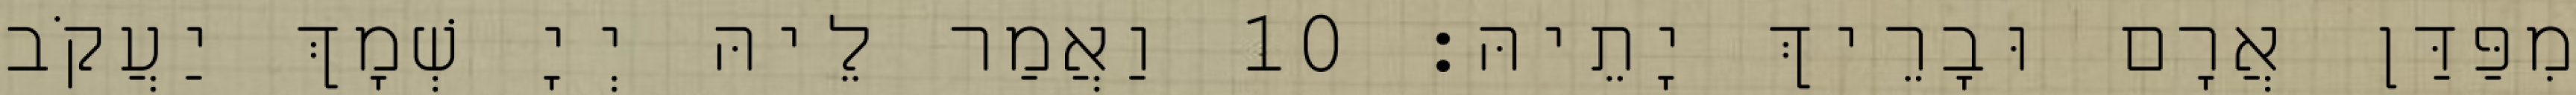
מִפַּדַּן אֲרָם וּבָרֵיךְ יָתֵיהּ׃ 10 וַאֲמַר לֵיהּ יְיָ שְׁמָךְ יַעֲקֹב